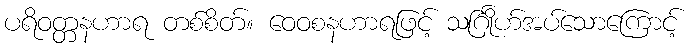
ပရိဝတ္တနဟာရ တစ်စိတ်။ ဝေဝစနဟာရဖြင့် သင်္ဂြိုဟ်အပ်သောကြောင့်